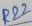
Text: R22